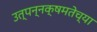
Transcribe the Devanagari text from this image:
उत्पन्नक्षमतेच्या